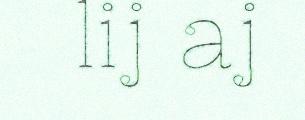
lij aj